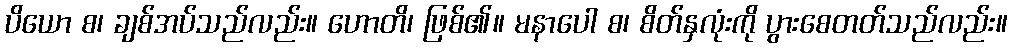
ပိယော စ၊ ချစ်အပ်သည်လည်း။ ဟောတိ၊ ဖြစ်၏။ မနာပေါ စ၊ စိတ်နှလုံးကို ပွားစေတတ်သည်လည်း။